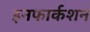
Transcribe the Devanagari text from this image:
इनफार्कशन